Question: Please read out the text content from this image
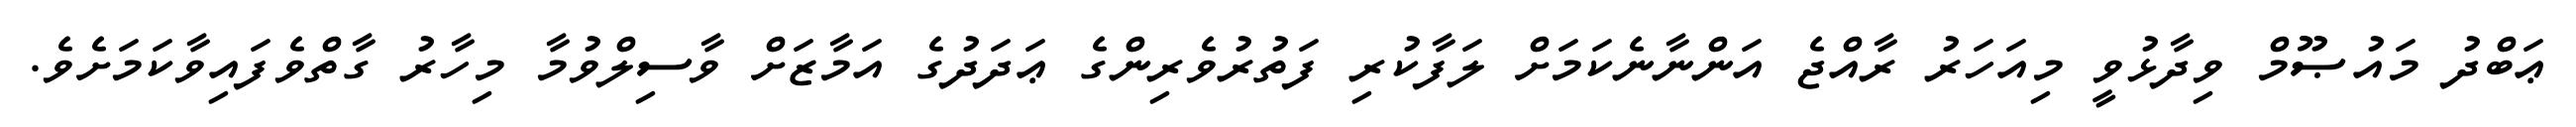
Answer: ޢަބްދު މައުޞޫމް ވިދާޅުވީ މިއަހަރު ރާއްޖެ އަންނާނެކަމަށް ލަފާކުރި ފަތުރުވެރިންގެ ޢަދަދުގެ އަމާޒަށް ވާސިލްވުމާ މިހާރު ގާތްވެފައިވާކަމަށެވެ.